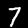
Label: 7